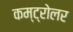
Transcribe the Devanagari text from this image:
कम्ट्रोलर